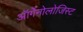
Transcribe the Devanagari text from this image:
ऑर्गेनोलोजिस्ट